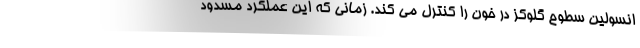
انسولین سطوح گلوکز در خون را کنترل می کند. زمانی که این عملکرد مسدود